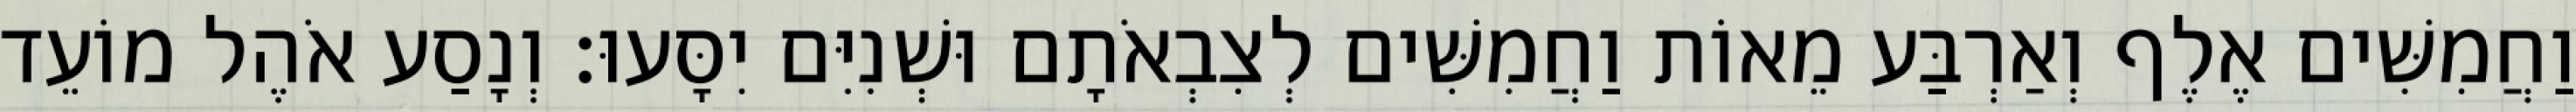
וַחֲמִשִּׁים אֶלֶף וְאַרְבַּע מֵאוֹת וַחֲמִשִּׁים לְצִבְאֹתָם וּשְׁנִיִּם יִסָּעוּ׃ וְנָסַע אֹהֶל מוֹעֵד